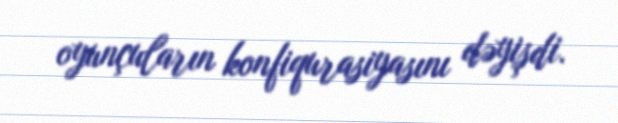
oyunçuların konfiqurasiyasını dəyişdi.